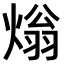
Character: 𤌏